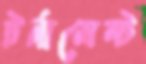
টর্নামেন্ট